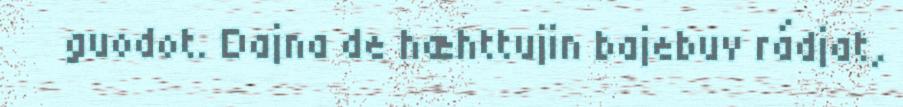
guodot. Dajna de hæhttujin bajebuv rádjat,